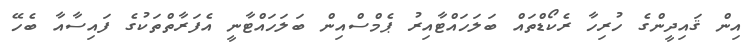
އިން ޤައިދީންގެ ހުރިހާ ރެކޯޑްތައް ބަލަހައްޓާއިރު ޕެމްސްއިން ބަލަހައްޓާނީ އެފަރާތްތަކުގެ ފައިސާއާ ބެހޭ